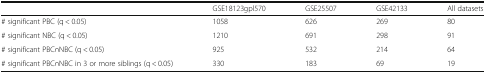
|  | GSE18123gpl570 | GSE25507 | GSE42133 | All datasets |
 | --- | --- | --- | --- | --- |
 | # significant PBC (q < 0.05) | 1058 | 626 | 269 | 80 |
 | # significant NBC (q < 0.05) | 1210 | 691 | 298 | 91 |
 | # significant PBC∩NBC (q < 0.05) | 925 | 532 | 214 | 64 |
 | # significant PBC∩NBC in 3 or more siblings (q < 0.05) | 330 | 183 | 69 | 19 |